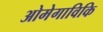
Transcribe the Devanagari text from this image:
ओमेगाविकि